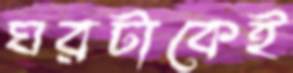
ঘরটাকেই